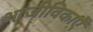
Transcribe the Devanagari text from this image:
आजीविकाएँ